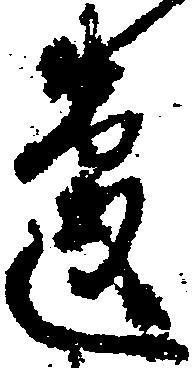
違